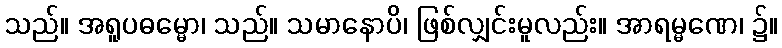
သည်။ အရူပဓမ္မော၊ သည်။ သမာနောပိ၊ ဖြစ်လျှင်းမူလည်း။ အာရမ္မဏေ၊ ၌။